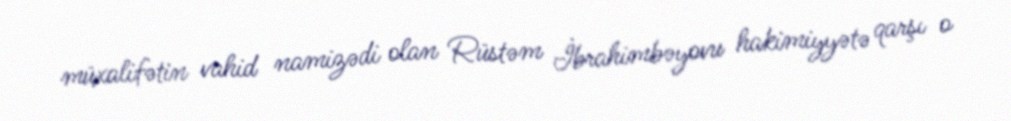
müxalifətin vahid namizədi olan Rüstəm İbrahimbəyovu hakimiyyətə qarşı o